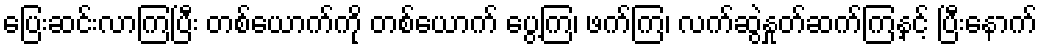
ပြေးဆင်းလာကြပြီး တစ်ယောက်ကို တစ်ယောက် ပွေ့ကြ၊ ဖက်ကြ၊ လက်ဆွဲနှုတ်ဆက်ကြနှင့် ပြီးနောက်